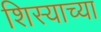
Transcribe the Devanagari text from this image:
शिस्याच्या